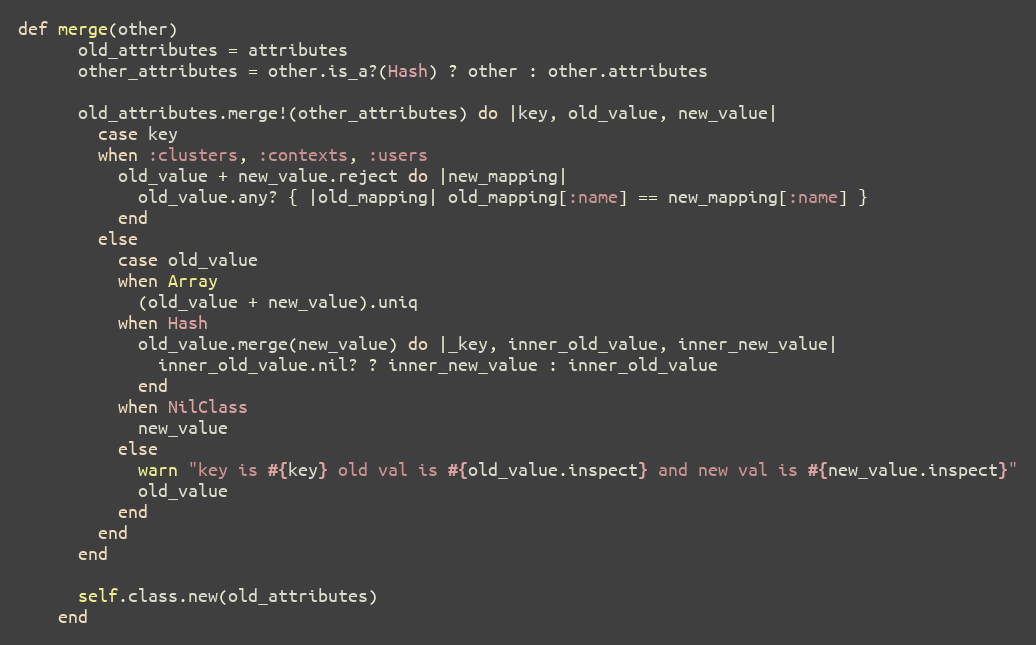
Language: Ruby
def merge(other)
      old_attributes = attributes
      other_attributes = other.is_a?(Hash) ? other : other.attributes

      old_attributes.merge!(other_attributes) do |key, old_value, new_value|
        case key
        when :clusters, :contexts, :users
          old_value + new_value.reject do |new_mapping|
            old_value.any? { |old_mapping| old_mapping[:name] == new_mapping[:name] }
          end
        else
          case old_value
          when Array
            (old_value + new_value).uniq
          when Hash
            old_value.merge(new_value) do |_key, inner_old_value, inner_new_value|
              inner_old_value.nil? ? inner_new_value : inner_old_value
            end
          when NilClass
            new_value
          else
            warn "key is #{key} old val is #{old_value.inspect} and new val is #{new_value.inspect}"
            old_value
          end
        end
      end

      self.class.new(old_attributes)
    end